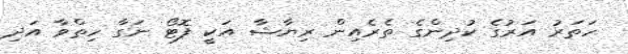
ހަތަރު އަރުގެ ކުދިންގެ ތެރެއިން ރިޔާޝާ އަކީ ފޮޓޯ ނަގާ ހިތްވާ އަދި